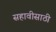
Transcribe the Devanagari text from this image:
सहावीसाठी